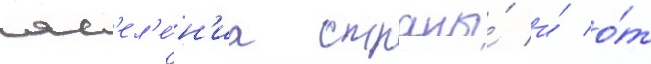
нас'ел'е́н'иа страны́ и́ о́т